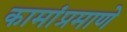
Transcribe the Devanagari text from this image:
कामांप्रमाणे